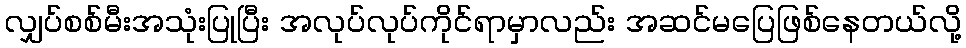
လျှပ်စစ်မီးအသုံးပြုပြီး အလုပ်လုပ်ကိုင်ရာမှာလည်း အဆင်မပြေဖြစ်နေတယ်လို့